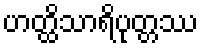
ဟတ္ထိသာရိပုတ္တဿ